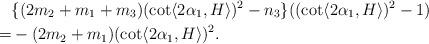
LaTeX: \begin{align*} &\{ (2m_{2}+m_{1}+m_{3}) (\cot \langle 2\alpha_{1} , H\rangle )^{2}-n_{3}\} ((\cot \langle 2\alpha_{1} , H\rangle )^{2}-1)\\=&-(2m_{2}+m_{1})(\cot \langle 2\alpha_{1} , H\rangle )^{2}.\end{align*}